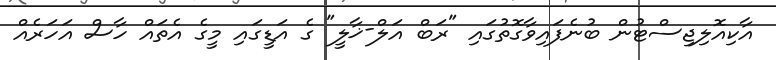
އާކިއޮލިޖިސްޓުން ބުނެފައިވާގޮތުގައި "ރަބް އަލް-ޚާލީ" ގެ އަޑީގައި މީގެ އެތައް ހާސް އަހަރެއް